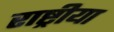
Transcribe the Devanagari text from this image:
राष्ट्रीया